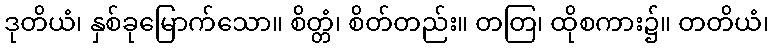
ဒုတိယံ၊ နှစ်ခုမြောက်သော။ စိတ္တံ၊ စိတ်တည်း။ တတြ၊ ထိုစကား၌။ တတိယံ၊